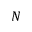
N